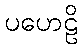
ပဟေဠိ